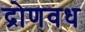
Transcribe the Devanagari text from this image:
द्रोणवध